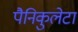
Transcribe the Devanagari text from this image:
पैनिकुलेटा